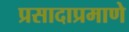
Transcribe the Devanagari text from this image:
प्रसादाप्रमाणे